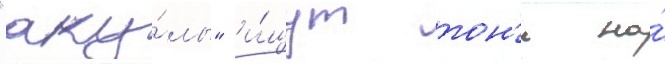
"аку́лы" и́щут тон'и на́